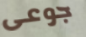
جوعى